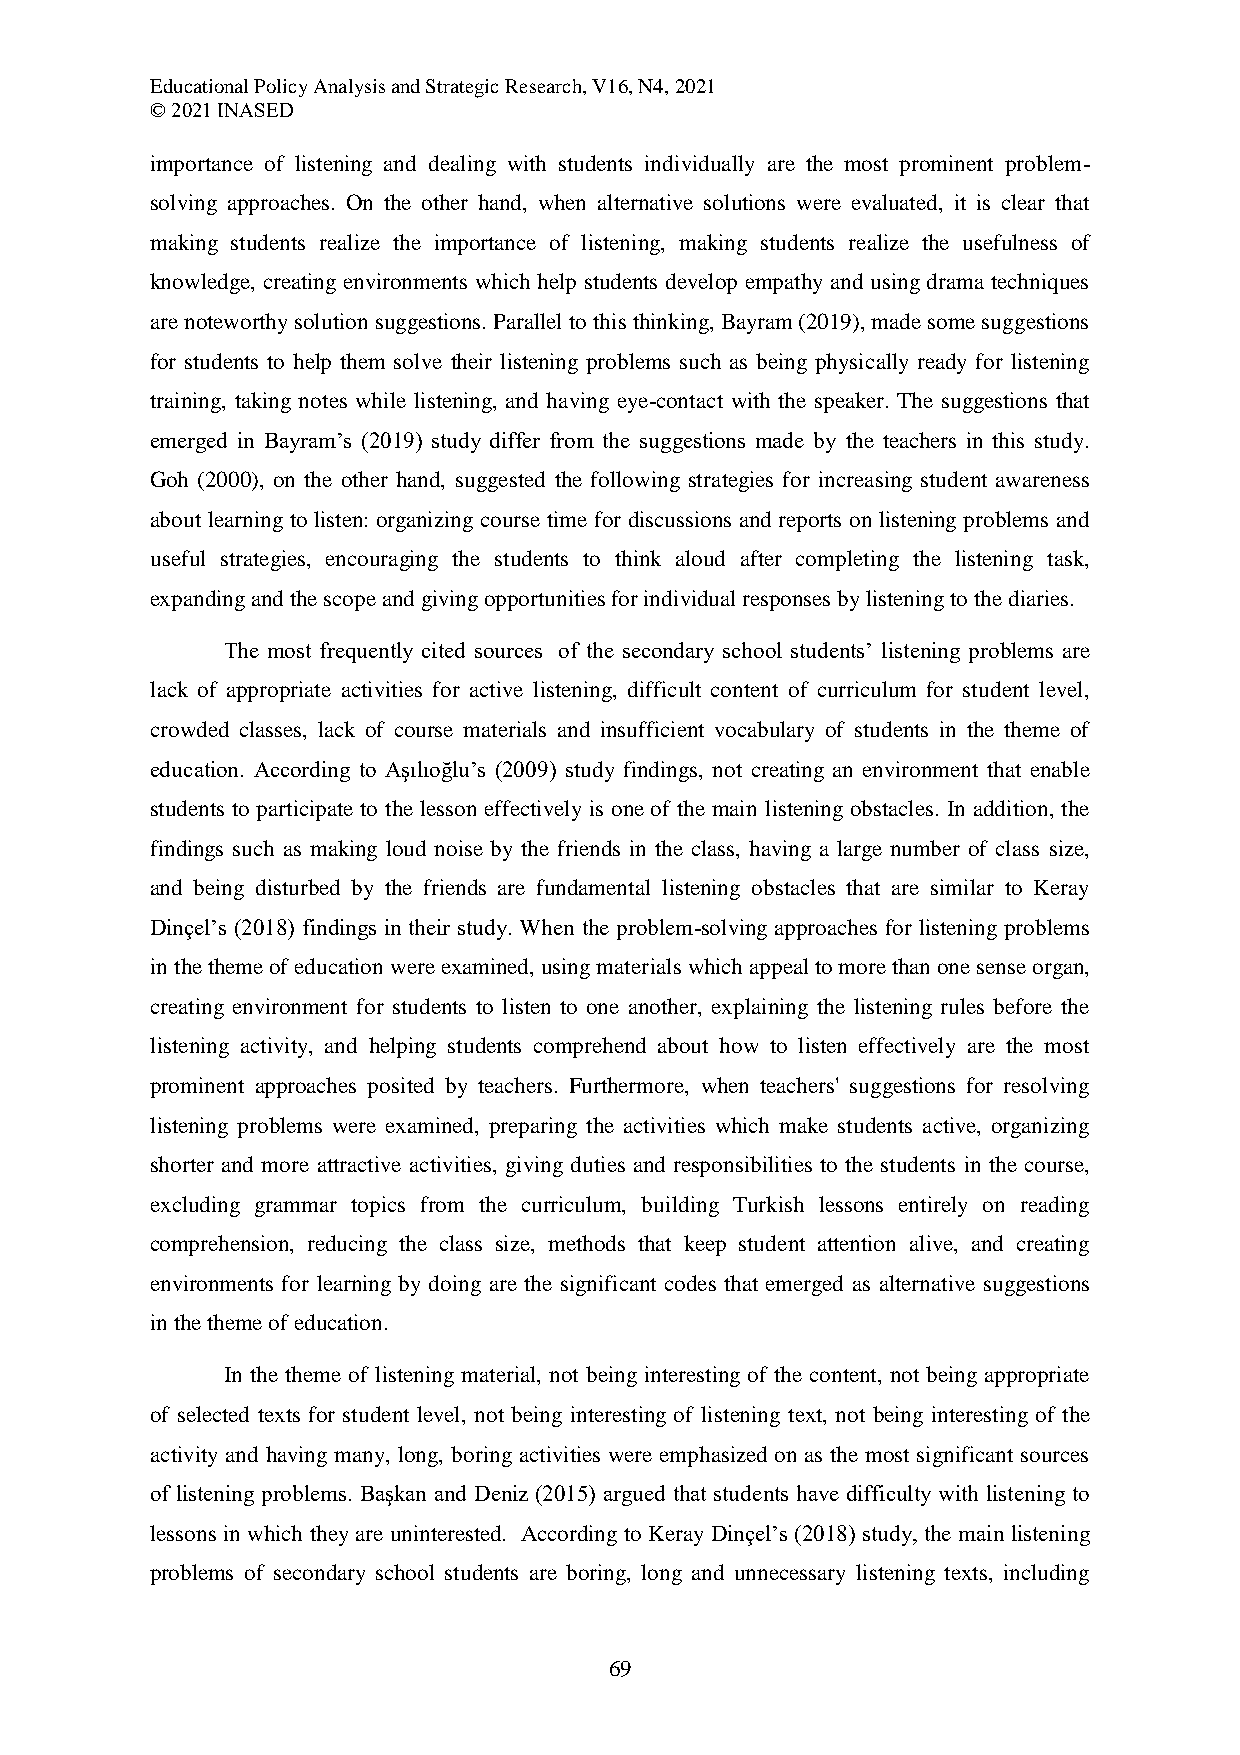
Educational Policy Analysis and Strategic Research, V16, N4, 2021
 © 2021 INASED
 importance of listening and dealing with students individually are the most prominent problem-
 solving approaches. On the other hand, when alternative solutions were evaluated, it is clear that
 making students realize the importance of listening, making students realize the usefulness of
 knowledge, creating environments which help students develop empathy and using drama techniques
 are noteworthy solution suggestions. Parallel to this thinking, Bayram (2019), made some suggestions
 for students to help them solve their listening problems such as being physically ready for listening
 training, taking notes while listening, and having eye-contact with the speaker. The suggestions that
 emerged in Bayram’s (2019) study differ from the suggestions made by the teachers in this study.
 Goh (2000), on the other hand, suggested the following strategies for increasing student awareness
 about learning to listen: organizing course time for discussions and reports on listening problems and
 useful strategies, encouraging the students to think aloud after completing the listening task,
 expanding and the scope and giving opportunities for individual responses by listening to the diaries.
 The most frequently cited sources of the secondary school students’ listening problems are
 lack of appropriate activities for active listening, difficult content of curriculum for student level,
 crowded classes, lack of course materials and insufficient vocabulary of students in the theme of
 education. According to Aşılıoğlu’s (2009) study findings, not creating an environment that enable
 students to participate to the lesson effectively is one of the main listening obstacles. In addition, the
 findings such as making loud noise by the friends in the class, having a large number of class size,
 and being disturbed by the friends are fundamental listening obstacles that are similar to Keray
 Dinçel’s (2018) findings in their study. When the problem-solving approaches for listening problems
 in the theme of education were examined, using materials which appeal to more than one sense organ,
 creating environment for students to listen to one another, explaining the listening rules before the
 listening activity, and helping students comprehend about how to listen effectively are the most
 prominent approaches posited by teachers. Furthermore, when teachers' suggestions for resolving
 listening problems were examined, preparing the activities which make students active, organizing
 shorter and more attractive activities, giving duties and responsibilities to the students in the course,
 excluding grammar topics from the curriculum, building Turkish lessons entirely on reading
 comprehension, reducing the class size, methods that keep student attention alive, and creating
 environments for learning by doing are the significant codes that emerged as alternative suggestions
 in the theme of education.
 In the theme of listening material, not being interesting of the content, not being appropriate
 of selected texts for student level, not being interesting of listening text, not being interesting of the
 activity and having many, long, boring activities were emphasized on as the most significant sources
 of listening problems. Başkan and Deniz (2015) argued that students have difficulty with listening to
 lessons in which they are uninterested. According to Keray Dinçel’s (2018) study, the main listening
 problems of secondary school students are boring, long and unnecessary listening texts, including
 69